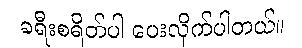
ခရီးစရိတ်ပါ ပေးလိုက်ပါတယ်။